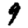
Digit: 9